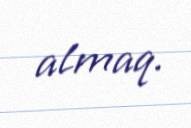
almaq.